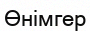
Өнімгер